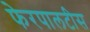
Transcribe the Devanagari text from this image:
फेरपालटीस